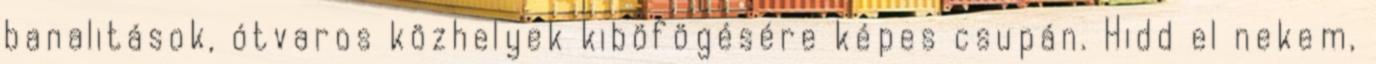
banalitások, ótvaros közhelyek kiböfögésére képes csupán. Hidd el nekem,